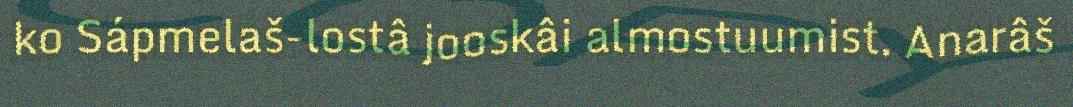
ko Sápmelaš-lostâ jooskâi almostuumist. Anarâš